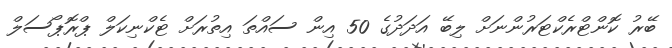
ބޭރު ކޮންޓްރެކްޓަރުންނަށް ލިބޭ އަދަދުގެ 50 އިން ސައްތަ އިތުރަށް ޓެކްނިކަލް ޕްރޮޕޯސަލް